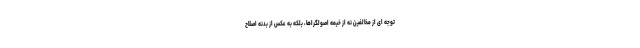
توجه ای از مخالفین نه از خیمه اصولگراها، بلکه به عکس از بدنه اصلاح